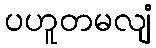
ပဟူတမလျံ